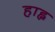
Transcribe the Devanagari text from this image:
हाह्न